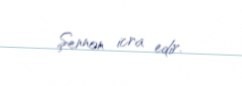
Şennon icra edir.